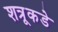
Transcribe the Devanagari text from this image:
शत्रूकडे